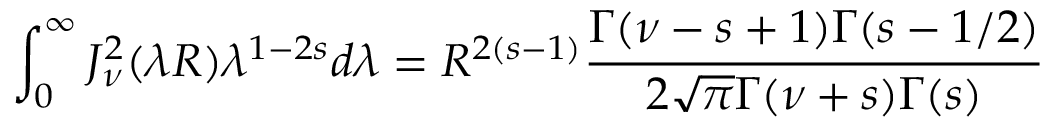
\int _ { 0 } ^ { \infty } J _ { \nu } ^ { 2 } ( \lambda R ) \lambda ^ { 1 - 2 s } d \lambda = R ^ { 2 ( s - 1 ) } \frac { \Gamma ( \nu - s + 1 ) \Gamma ( s - 1 / 2 ) } { 2 \sqrt { \pi } \Gamma ( \nu + s ) \Gamma ( s ) }